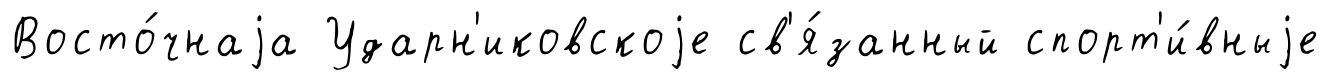
Восто́чнаjа Ударн'иковскоjе св'я́занный спорт'и́вныjе